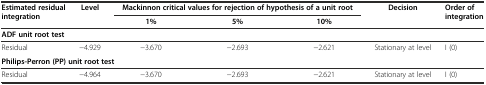
| Estimated residual integration | Level | <COLSPAN=3> Mackinnon critical values for rejection of hypothesis of a unit root | Decision | Order of integration |
 |  |  | 1% | 5% | 10% |  |  |
 | --- | --- | --- | --- | --- | --- | --- |
 | <COLSPAN=7> ADF unit root test |
 | Residual | −4.929 | −3.670 | −2.693 | −2.621 | Stationary at level | I (0) |
 | <COLSPAN=7> Philips-Perron (PP) unit root test |
 | Residual | −4.964 | −3.670 | −2.693 | −2.621 | Stationary at level | I (0) |